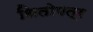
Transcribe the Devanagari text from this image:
धितोपत्र